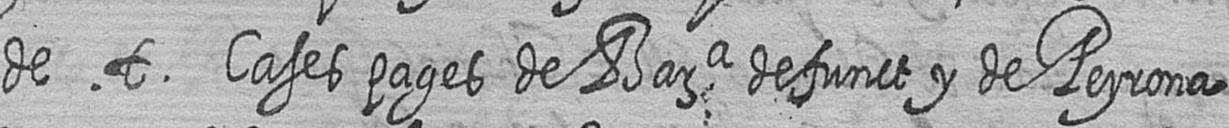
de t Cases pages de Bara defunct y de Peyrona